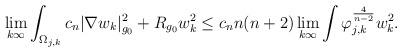
LaTeX: \begin{align*}\lim_{k \- \infty} \int _{\Omega_{j,k}} c_{n}\vert \nabla w_{k}\vert^{2}_{g_{0}}+R_{g_{0}}w_{k}^{2}\leq c_{n}n(n+2)\lim_{k\-\infty}\int\varphi_{j,k}^{\frac{4}{n-2}}w_{k}^{2}.\end{align*}